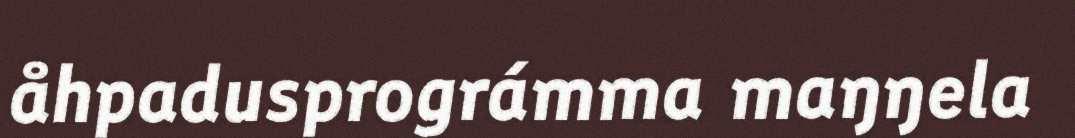
åhpadusprográmma maŋŋela